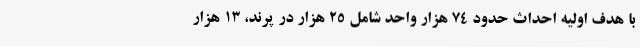
با هدف اولیه احداث حدود ۷۴ هزار واحد شامل ۲۵ هزار در پرند، ۱۳ هزار